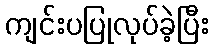
ကျင်းပပြုလုပ်ခဲ့ပြီး